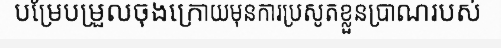
បម្រែបម្រួលចុងក្រោយមុនការប្រសូតខ្លួនប្រាណរបស់